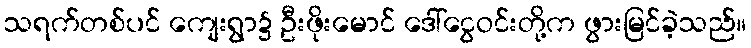
သရက်တစ်ပင် ကျေးရွာ၌ ဦးဖိုးမောင် ဒေါ်ငွေဝင်းတို့က ဖွားမြင်ခဲ့သည်။